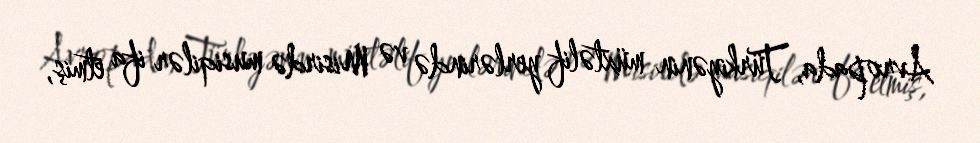
Avropada, Türkiyənin müxtəlif yerlərində və Misirdə musiqilər ifa etmiş,